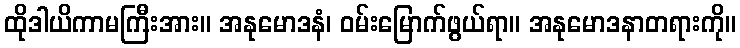
ထိုဒါယိကာမကြီးအား။ အနုမောဒနံ၊ ဝမ်းမြောက်ဖွယ်ရာ။ အနုမောဒနာတရားကို။